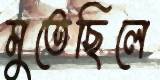
মুতেছিলে